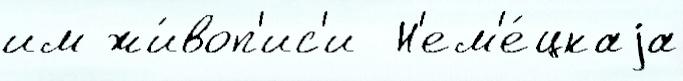
им жи́воп'ис'и  Н'ем'е́цкаjа